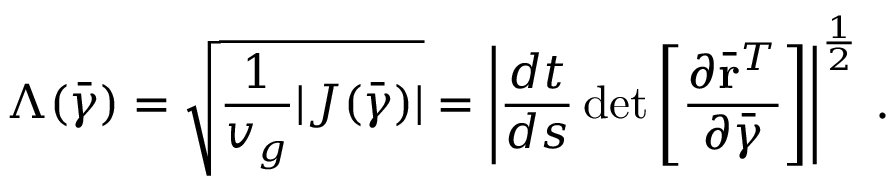
\Lambda ( \bar { \boldsymbol { \gamma } } ) = \sqrt { \frac { 1 } { v _ { g } } | { \cal J } ( \bar { \boldsymbol { \gamma } } ) | } = \left| \frac { d t } { d s } \operatorname* { d e t } \left[ \frac { \partial \bar { \bf r } ^ { T } } { \partial \bar { \boldsymbol { \gamma } } } \right] \right| ^ { \frac { 1 } { 2 } } \, .